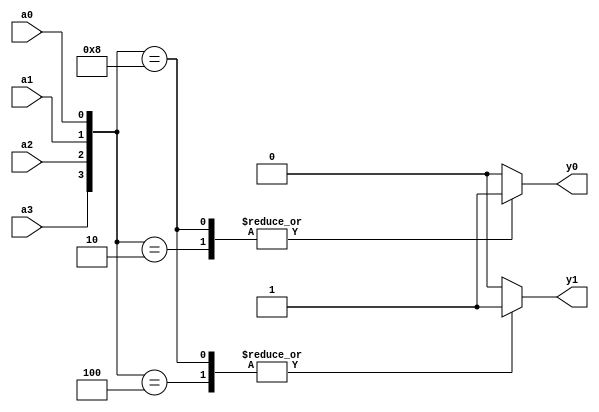
module encoder4(

    input       a0,
	 input       a1,
	 input       a2,
	 input       a3,
	 
    output reg  y0,
	 output reg  y1 
);

    always @(*) begin
				
        case({a3,a2,a1,a0})
            4'b0001 :begin
							y0=1'b0;
							y1=1'b0;
							end
				
            4'b0010 :begin
							y0=1'b1;
							y1=1'b0;
							end
				
            4'b0100 :begin
							y0=1'b0;
							y1=1'b1;
							end
				
            4'b1000 :begin
							y0=1'b1;
							y1=1'b1;
							end
				
            default begin
							y0=1'b0;
							y1=1'b0;
							end
        endcase
    end
endmodule